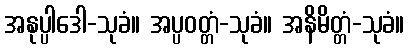
အနုပ္ပါဒေါ-သုခံ။ အပ္ပဝတ္တံ-သုခံ။ အနိမိတ္တံ-သုခံ။